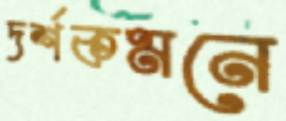
দর্শকমনে